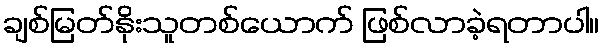
ချစ်မြတ်နိုးသူတစ်ယောက် ဖြစ်လာခဲ့ရတာပါ။